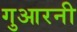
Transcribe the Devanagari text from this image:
गुआरनी